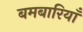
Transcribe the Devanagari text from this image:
बमबारियाँ